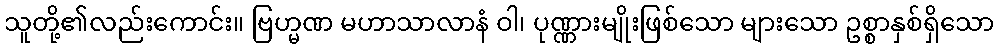
သူတို့၏လည်းကောင်း။ ဗြဟ္မဏ မဟာသာလာနံ ဝါ၊ ပုဏ္ဏားမျိုးဖြစ်သော များသော ဥစ္စာနှစ်ရှိသော